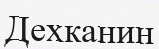
Дехканин